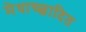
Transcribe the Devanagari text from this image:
मेधाच्छादित